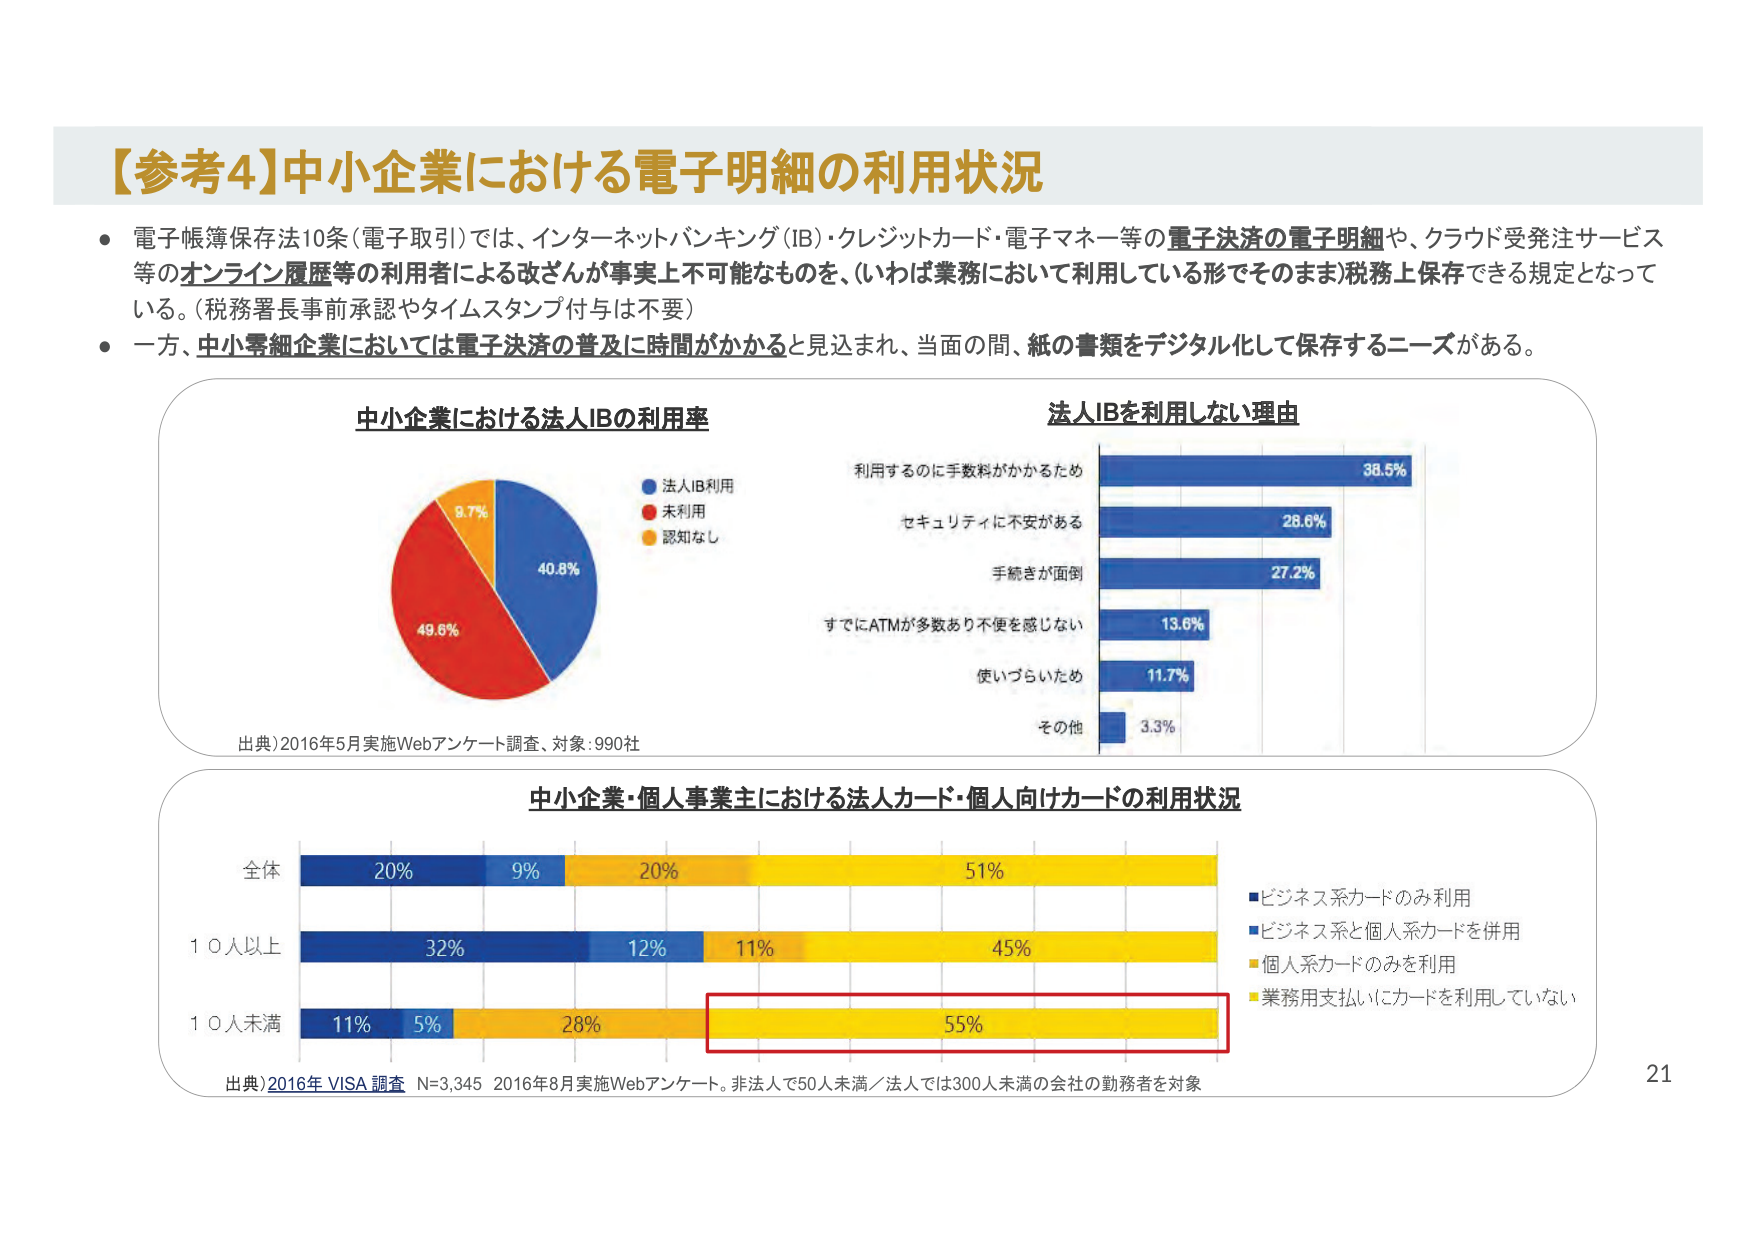
【参考4】中小企業における電子明細の利用状況

● 電子帳簿保存法10条（電子取引）では、インターネットバンキング（IB）・クレジットカード・電子マネー等の電子決済の電子明細や、クラウド受発注サービス等のオンライン履歴等の利用者による改ざんが事実上不可能なものを、（いわば業務において利用している形でそのまま）税務上保存できる規定となっている。（税務署長事前承認やタイムスタンプ付与は不要）

● 一方、中小零細企業においては電子決済の普及に時間がかかると見込まれ、当面の間、紙の書類をデジタル化して保存するニーズがある。

中小企業における法人IBの利用率

・法人IB利用 40.8%
・未利用 49.6%
・認知なし 9.7%

出典）2016年5月実施Webアンケート調査、対象：990社

法人IBを利用しない理由

・利用するのに手数料がかかるため 38.5%
・セキュリティに不安がある 28.6%
・手続きが面倒 27.2%
・すでにATMが多数あり不便を感じない 13.6%
・使いづらいため 11.7%
・その他 3.3%

中小企業・個人事業主における法人カード・個人向けカードの利用状況

全体
・ビジネス系カードのみ利用 20%
・ビジネス系と個人系カードを併用 9%
・個人系カードのみを利用 20%
・業務用支払いにカードを利用していない 51%

10人以上
・ビジネス系カードのみ利用 32%
・ビジネス系と個人系カードを併用 12%
・個人系カードのみを利用 11%
・業務用支払いにカードを利用していない 45%

10人未満
・ビジネス系カードのみ利用 11%
・ビジネス系と個人系カードを併用 5%
・個人系カードのみを利用 28%
・業務用支払いにカードを利用していない 55%

出典）2016年 VISA 調査 N=3,345 2016年8月実施Webアンケート。非法人で50人未満／法人では300人未満の会社の勤務者を対象

21